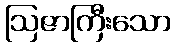
ဩဇာကြီးသော